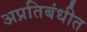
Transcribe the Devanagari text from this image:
अप्रतिबंधीत